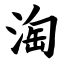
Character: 淘